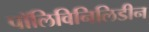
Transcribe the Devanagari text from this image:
पॉलिविनिलिडीन